65_HS1-834228961_62-HQ-83894_Serial_438
Agency: FBI
Page 20
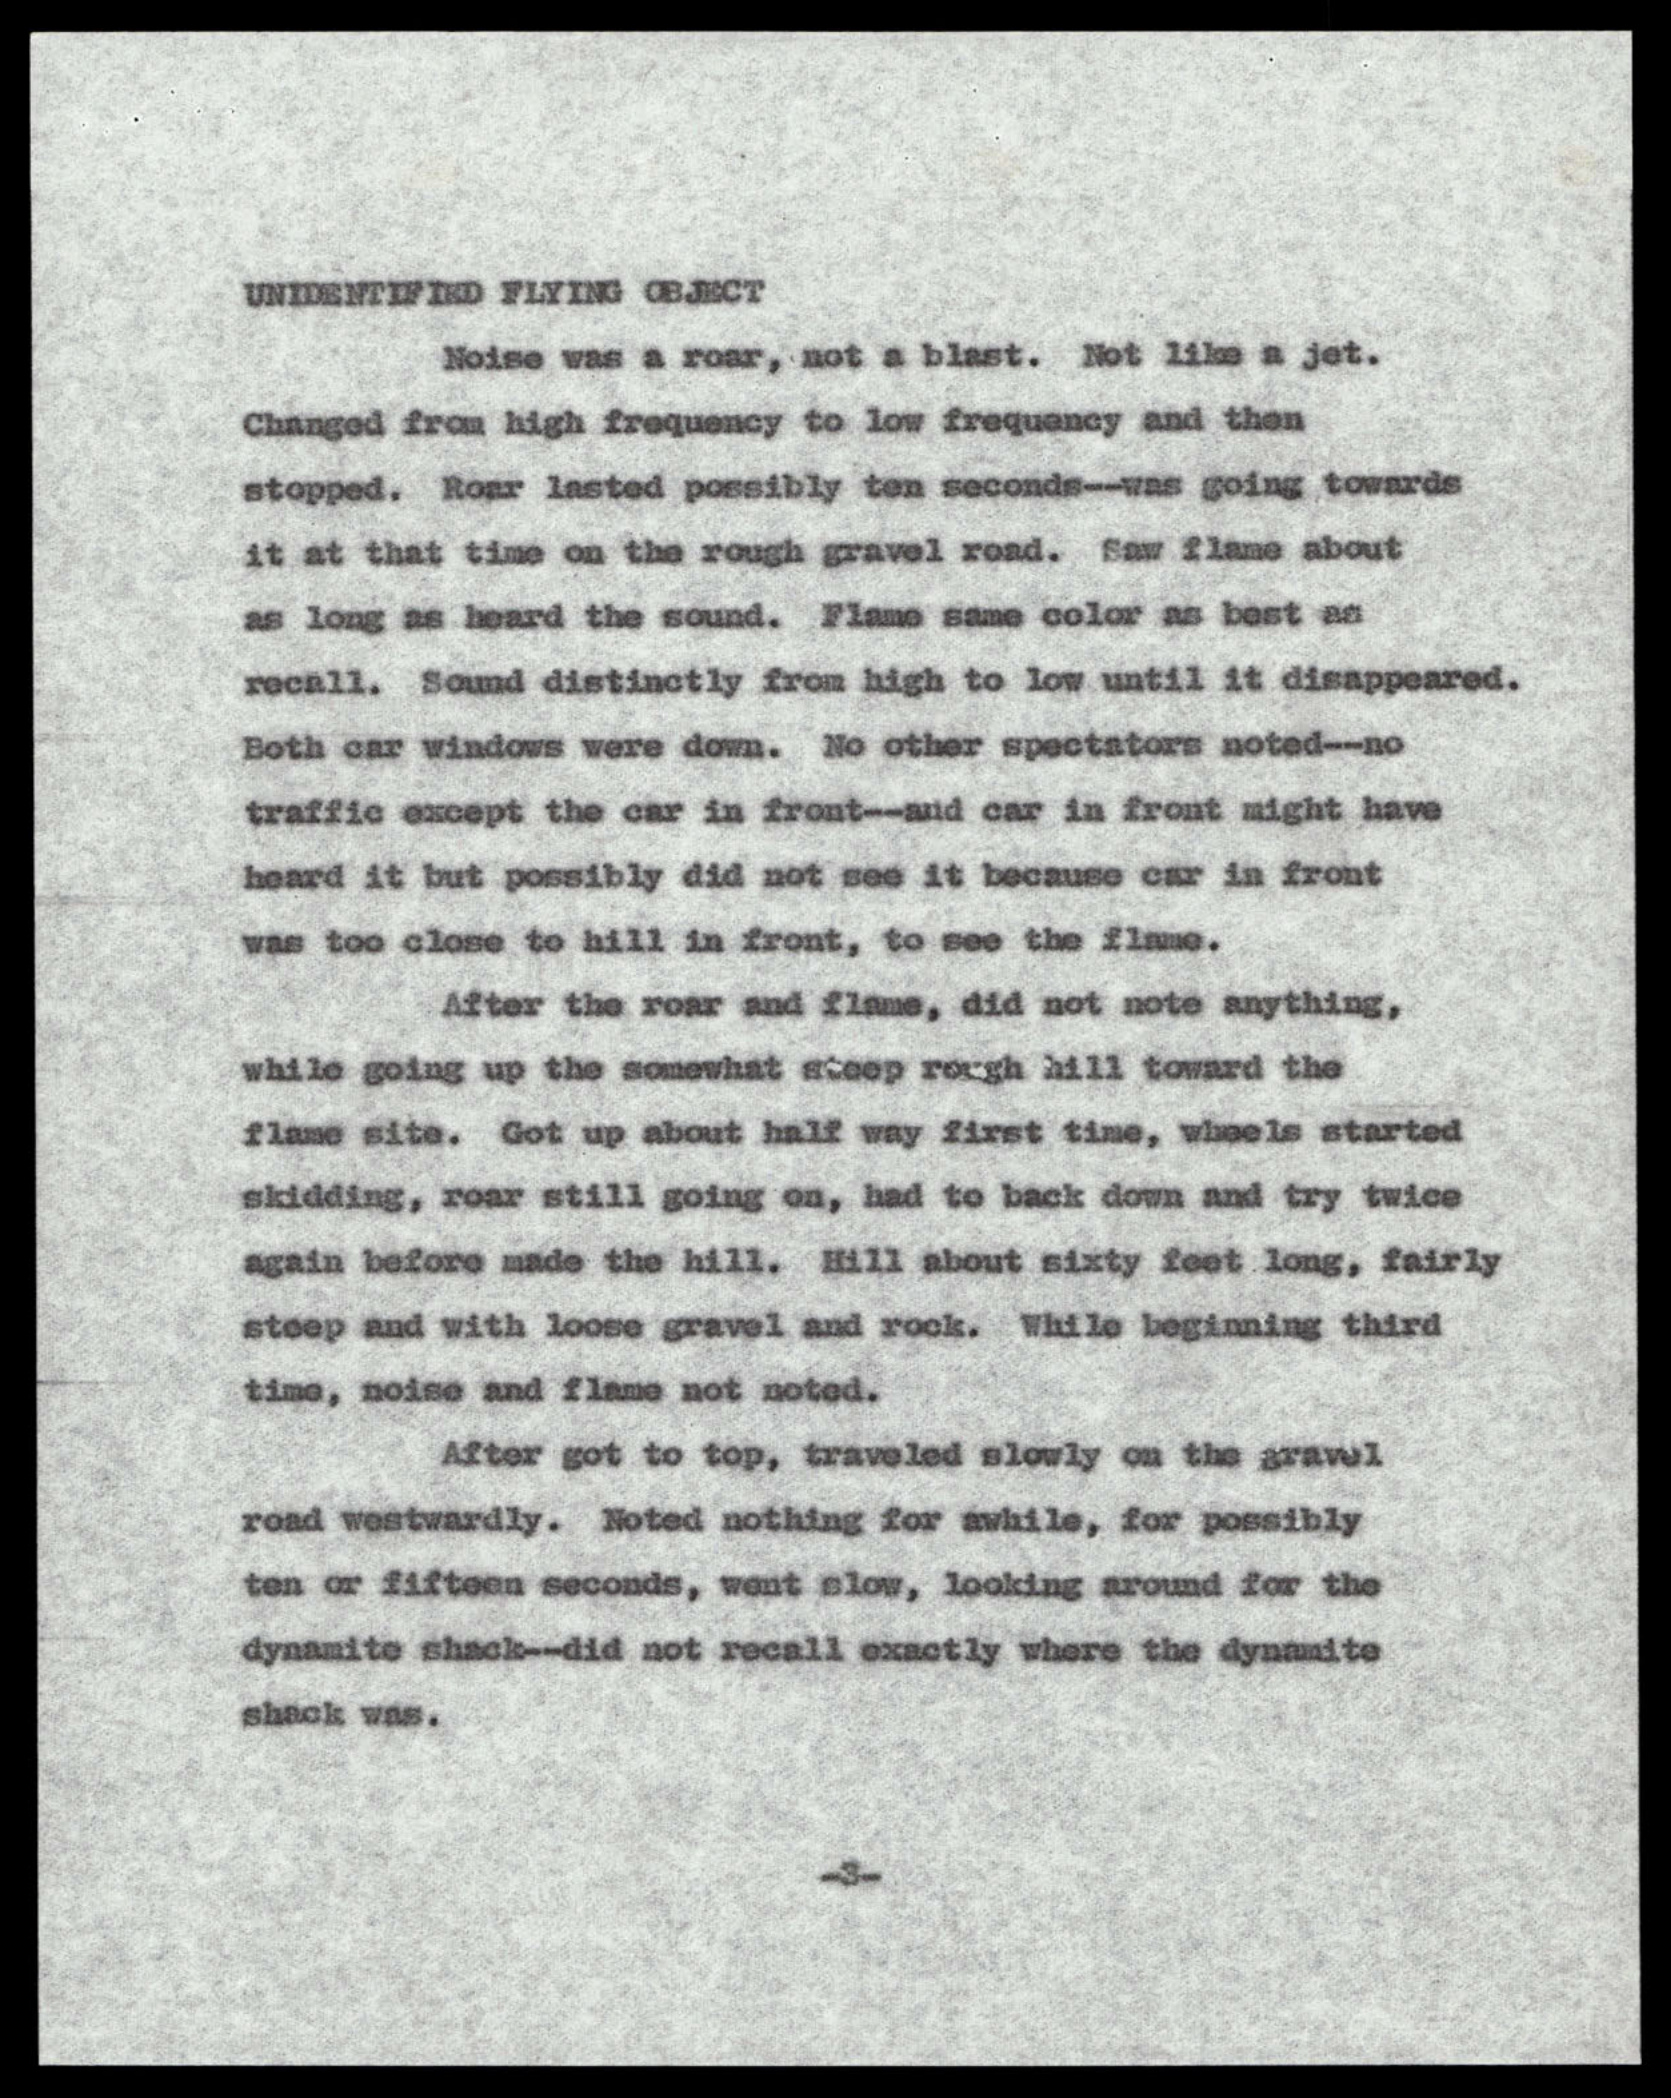